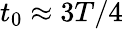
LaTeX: t_{0}\approx 3T/4